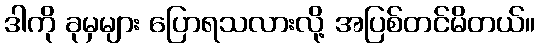
ဒါကို ခုမှများ ပြောရသလားလို့ အပြစ်တင်မိတယ်။